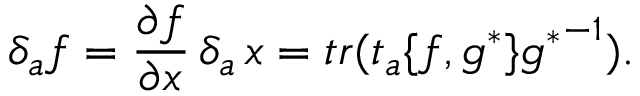
\delta _ { a } f = \frac { \partial f } { \partial x } \, \delta _ { a } \, x = t r ( t _ { a } \{ f , g ^ { * } \} { g ^ { * } } ^ { - 1 } ) .